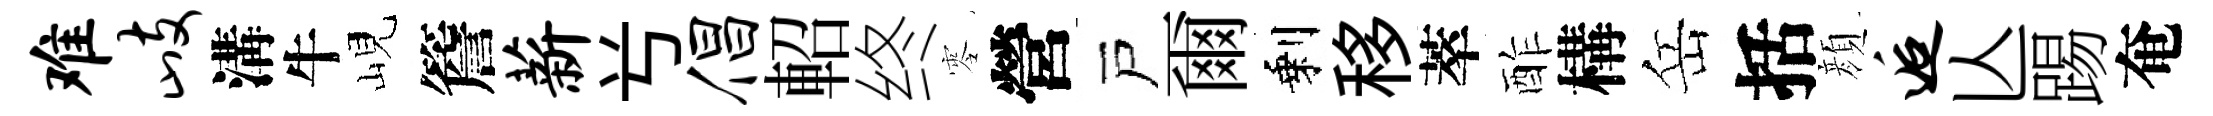
难歧溝牛峴簷薪𠔃倡軺终零營戸爾剩移萃酢構岳括顔逅亾踢奄